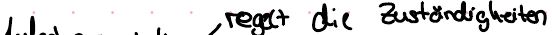
regelt die Zuständigkeiten